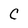
Character: C